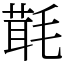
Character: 㲨